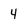
Character: 4